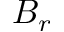
B _ { r }